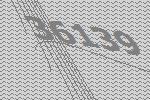
36139